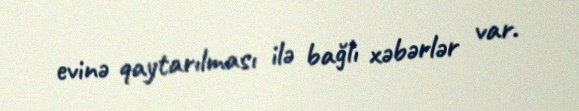
evinə qaytarılması ilə bağlı xəbərlər var.